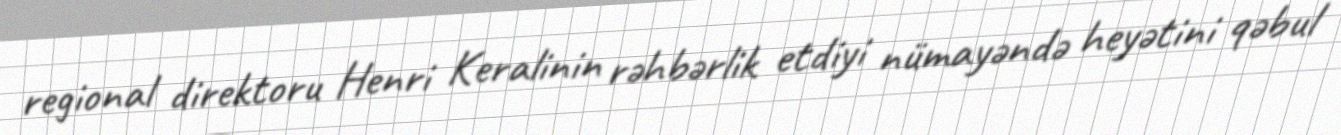
regional direktoru Henri Keralinin rəhbərlik etdiyi nümayəndə heyətini qəbul